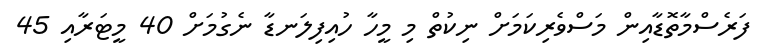
ފަރެސްމާތޮޑާއިން މަސްވެރިކަމަށް ނިކުތް މި މީހާ ހުއިފިލަނޑާ ނެގުމަށް 40 މީޓަރާއި 45